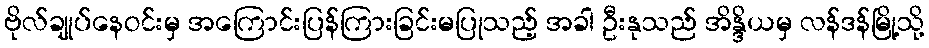
ဗိုလ်ချုပ်နေဝင်းမှ အကြောင်းပြန်ကြားခြင်းမပြုသည့် အခါ ဦးနုသည် အိန္ဒိယမှ လန်ဒန်မြို့သို့